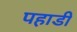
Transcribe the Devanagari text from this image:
पहाडी